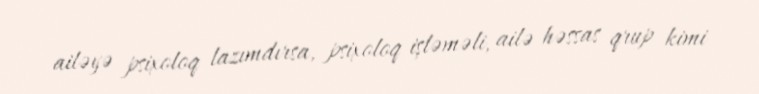
ailəyə psixoloq lazımdırsa, psixoloq işləməli, ailə həssas qrup kimi